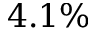
4 . 1 \%